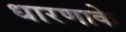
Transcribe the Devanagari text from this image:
धारणाके